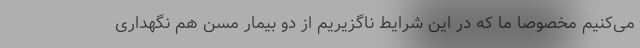
می‌کنیم مخصوصا ما که در این شرایط ناگزیریم از دو بیمار مسن هم نگهداری